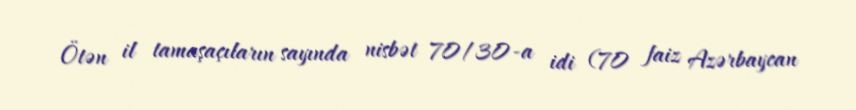
Ötən il tamaşaçıların sayında nisbət 70/30-a idi (70 faiz Azərbaycan